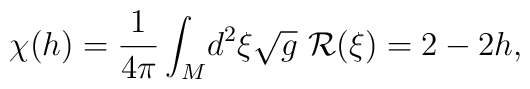
\chi(h) = \frac{1}{4\pi} \int_{M}\! d^2\xi \sqrt{g}\ {\cal R}(\xi)  = 2-2h,